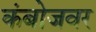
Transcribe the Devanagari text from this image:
कंबोजवर